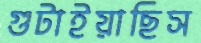
গুটাইয়াছিস